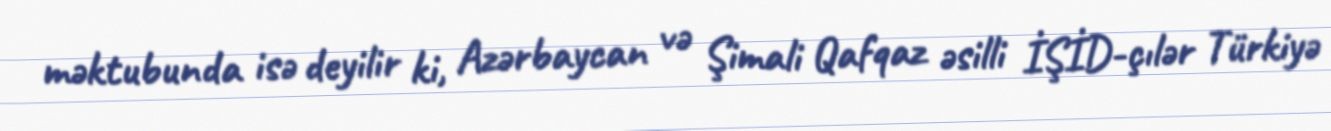
məktubunda isə deyilir ki, Azərbaycan və Şimali Qafqaz əsilli İŞİD-çılər Türkiyə